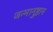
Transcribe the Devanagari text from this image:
जन्मानुष्ठान